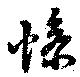
惨